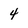
Character: 4